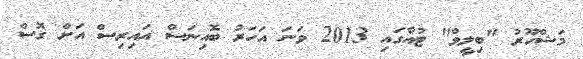
މަޝްހޫރު "ބިލީވް" ޓުއާގައި 2013 ވަނަ އަހަރު ބޮއިނަސް އައިރިސް އަށް ގޮސް